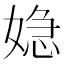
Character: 𮱏